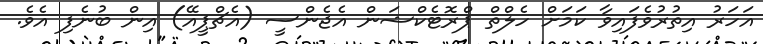
އަހަރު އިތުރުވެފައިވާ ކަމަށް ހެލްތް ޕްރޮޓެކްޝަން އެޖެންސީ (އެޗްޕީއޭ) އިން ބުނެފި އެވެ.